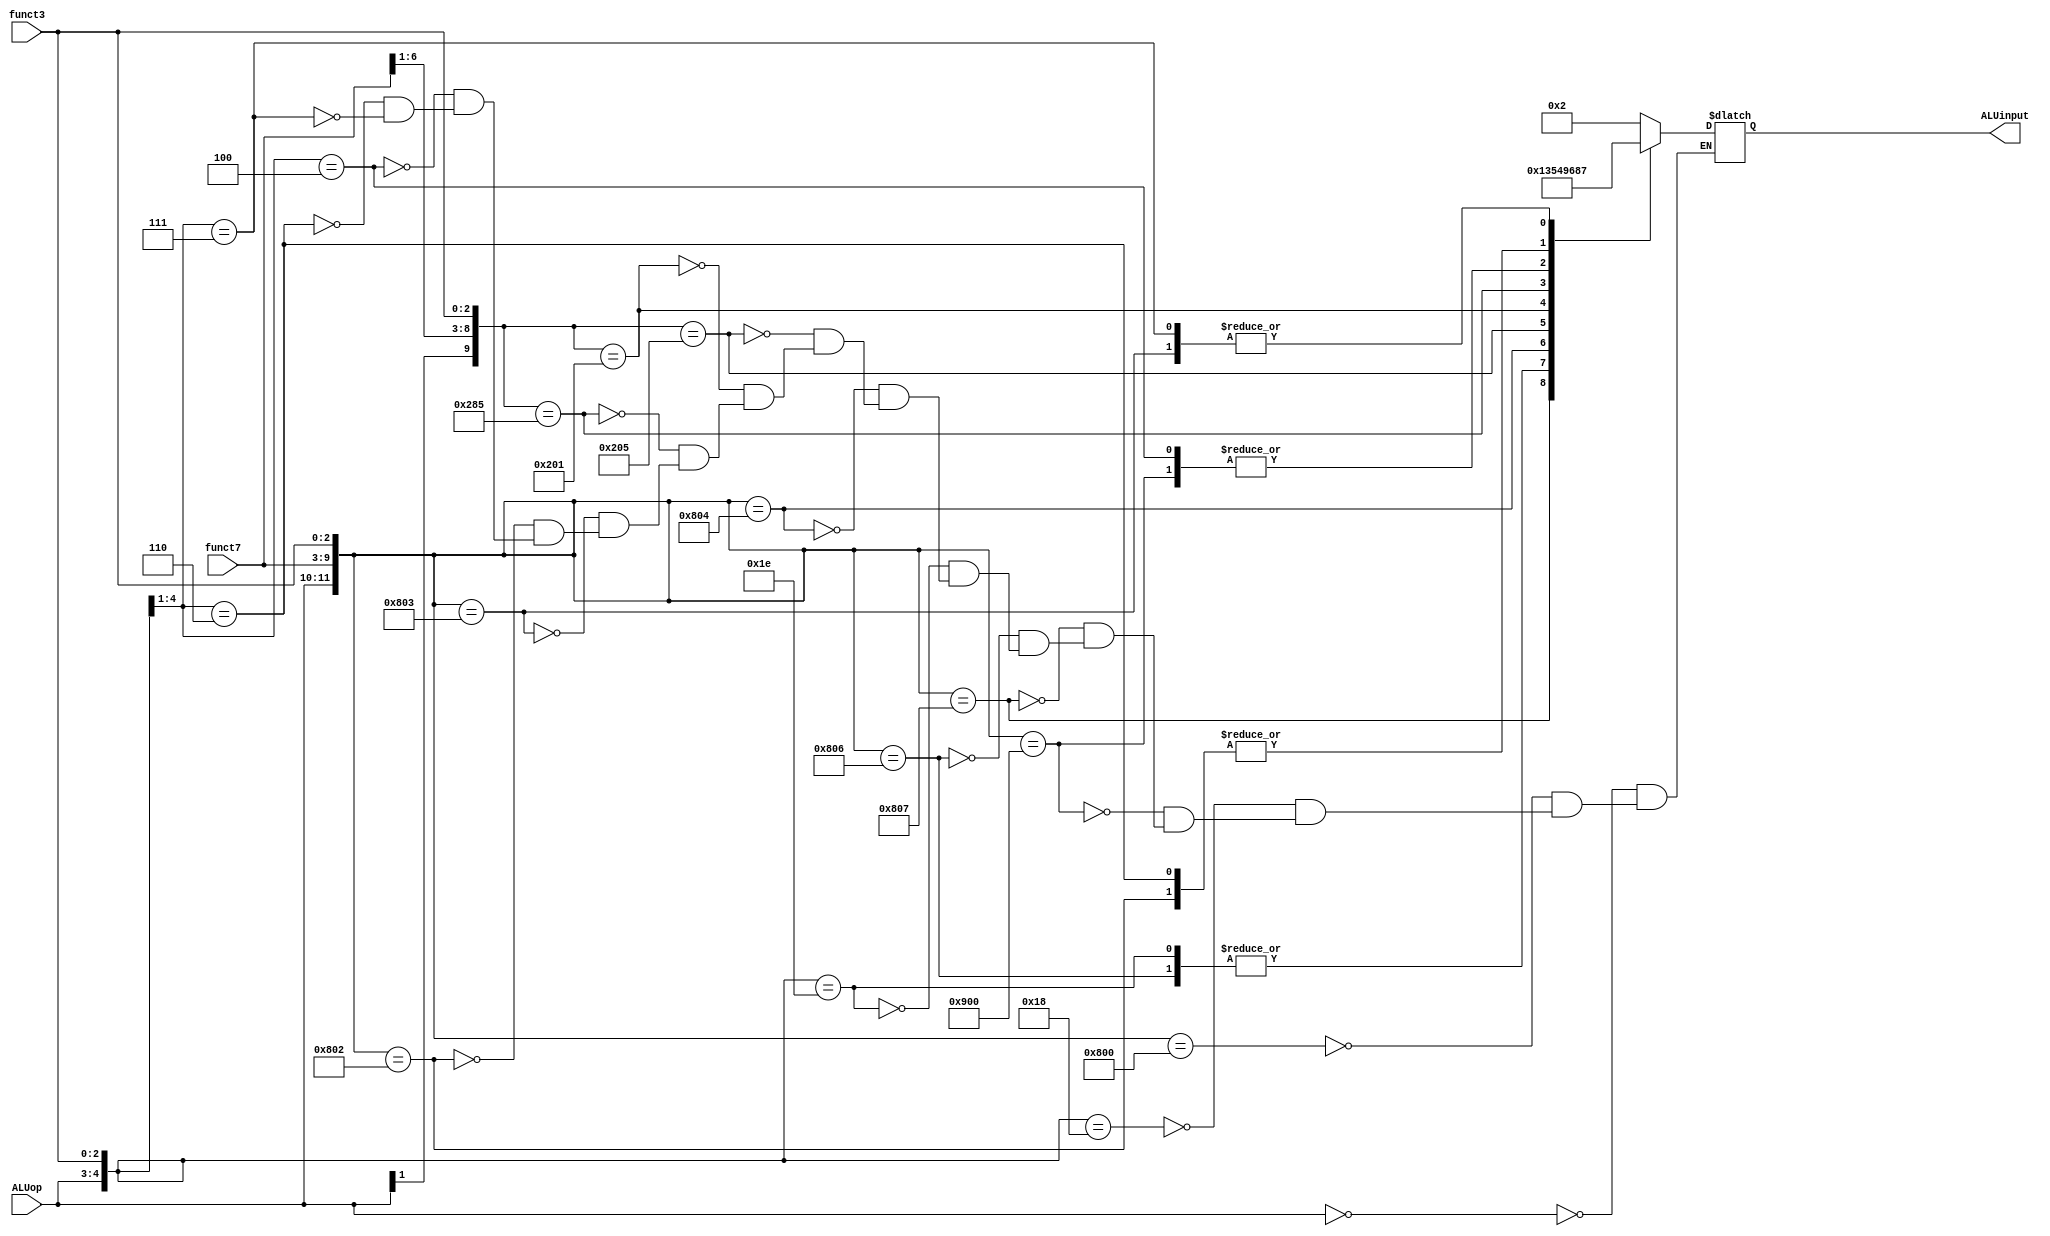
`timescale 1ns / 1ps
//////////////////////////////////////////////////////////////////////////////////
// Company: 
// Engineer: 
// 
// Design Name: 
// Module Name: ALUcontrol
// Project Name: 
// Target Devices: 
// Tool Versions: 
// Description: 
// 
// Dependencies: 
// 
// Revision:
// Revision 0.01 - File Created
// Additional Comments:
// 
//////////////////////////////////////////////////////////////////////////////////


module ALUcontrol(input [1:0] ALUop,
                  input [6:0] funct7,
                  input [2:0] funct3,
                  output reg [3:0] ALUinput);
                  
    always@(ALUop,funct7,funct3) begin
        casex({ALUop,funct7,funct3})
            12'b00xxxxxxxxxx: ALUinput = 4'b0010; // ld,sd
            12'b100000000000: ALUinput = 4'b0010; // add
            12'b11xxxxxxx000: ALUinput = 4'b0010; // addi
            12'b100100000000: ALUinput = 4'b0110; // sub 
            12'b100000000111: ALUinput = 4'b0000; // and
            12'b100000000110: ALUinput = 4'b0001; // or
            12'b11xxxxxxx110: ALUinput = 4'b0001; // ori
            12'b100000000100: ALUinput = 4'b0011; // xor   
            12'b1x000000x101: ALUinput = 4'b0101; // srl, srli
            12'b1x000000x001: ALUinput = 4'b0100; // sll, slli
            12'b1x010000x101: ALUinput = 4'b1001; // sra, srai
            12'b100000000011: ALUinput = 4'b0111; // sltu
            12'b100000000010: ALUinput = 4'b1000; // slt
            12'b01xxxxxxx00x: ALUinput = 4'b0110; // beq, bne
            12'b01xxxxxxx10x: ALUinput = 4'b1000; // blt, bge 
            12'b01xxxxxxx11x: ALUinput = 4'b0111; // bltu, bgeu
        endcase 
    end
               
endmodule